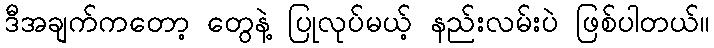
ဒီအချက်ကတော့ တွေနဲ့ ပြုလုပ်မယ့် နည်းလမ်းပဲ ဖြစ်ပါတယ်။